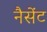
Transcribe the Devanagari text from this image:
नैसेंट